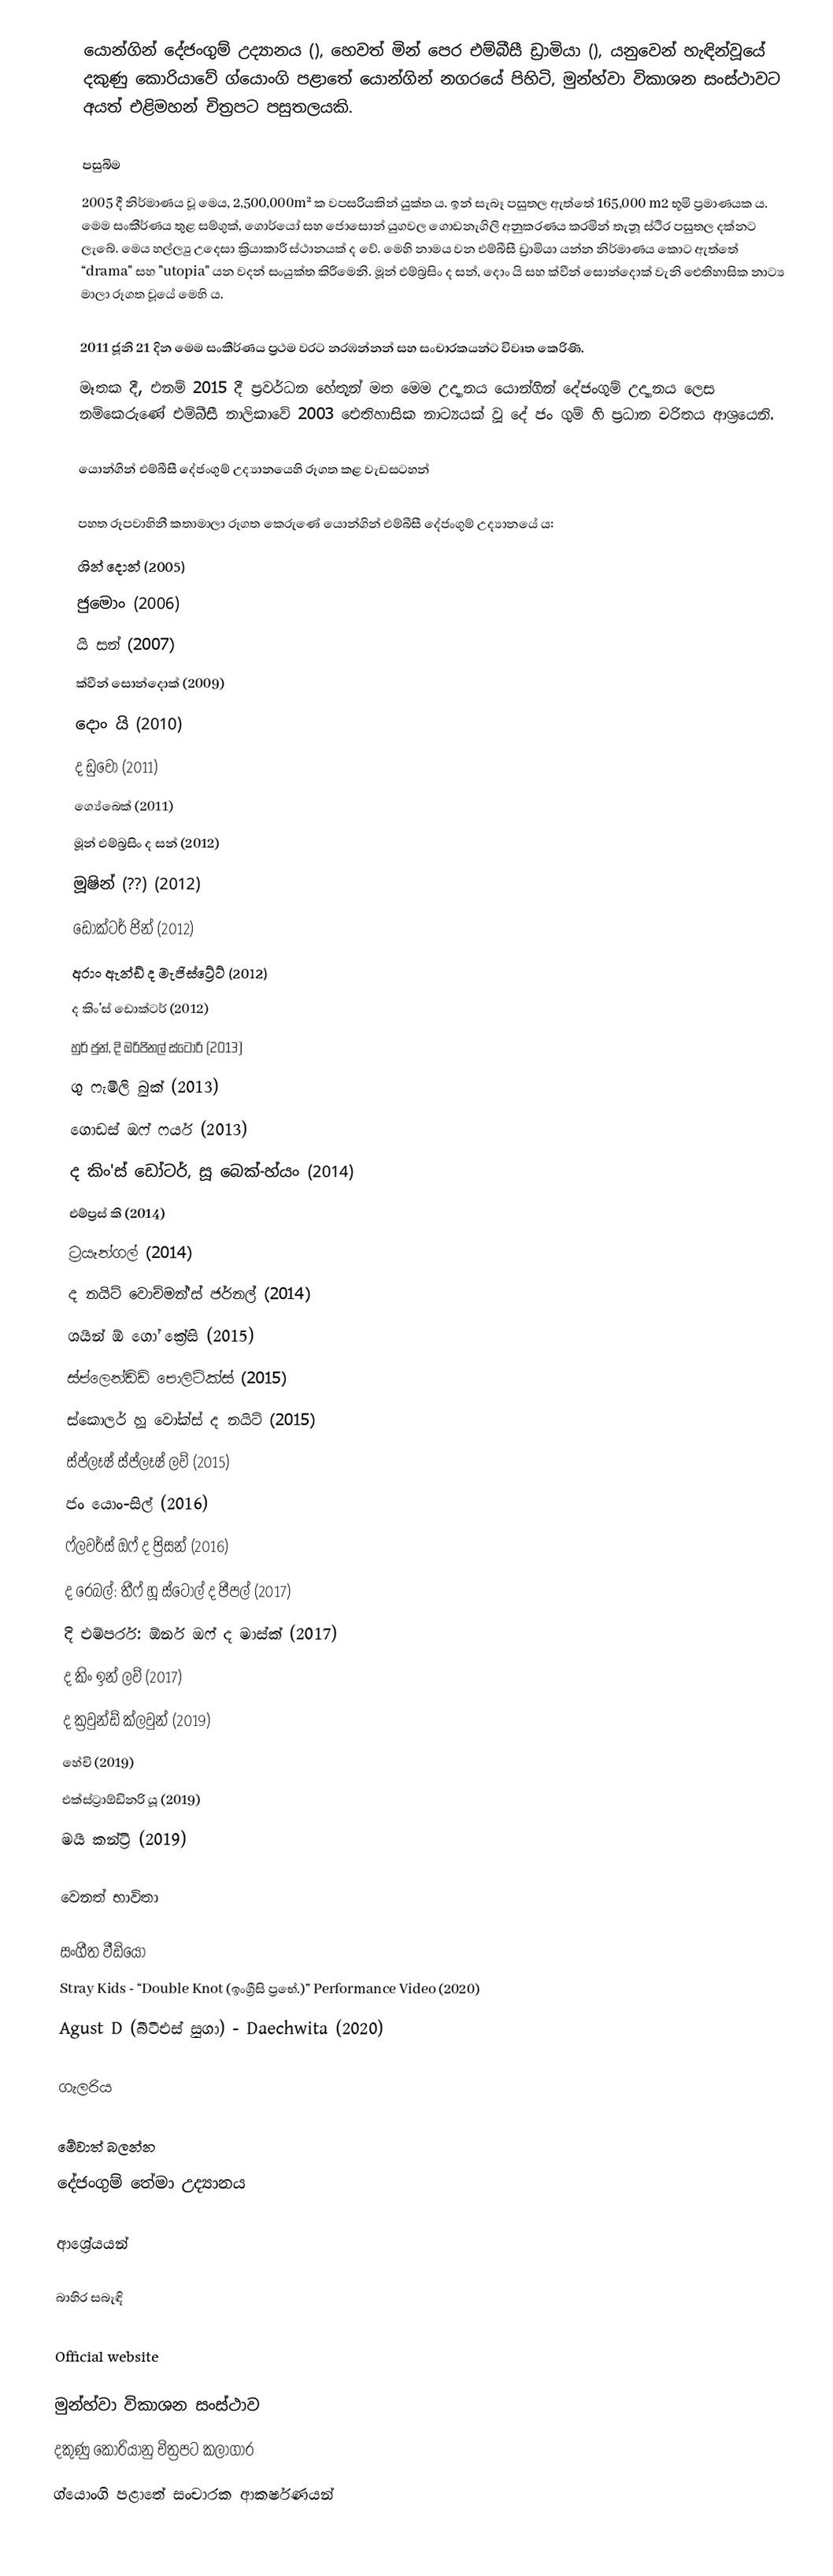
යොන්ගින් දේජංගුම් උද්‍යානය (), හෙවත් මින් පෙර එම්බීසී ඩ්‍රාමියා (), යනුවෙන් හැඳින්වූයේ දකුණු කොරියාවේ ග්යොංගි පළාතේ යොන්ගින් නගරයේ පිහිටි, මුන්හ්වා විකාශන සංස්ථාවට අයත් එළිමහන් චිත්‍රපට පසුතලයකි.

පසුබිම
2005 දී නිර්මාණය වූ මෙය, 2,500,000m² ක වපසරියකින් යුක්ත ය. ඉන් සැබෑ පසුතල ඇත්තේ 165,000 m2 භූමි ප්‍රමාණයක ය. මෙම සංකීර්ණය තුළ සම්ගුක්, ගොර්යෝ සහ ජොසොන් යුගවල ගොඩනැගිලි අනුකරණය කරමින් තැනූ ස්ථිර පසුතල දක්නට ලැබේ. මෙය හල්ල්‍යු උදෙසා ක්‍රියාකාරී ස්ථානයක් ද වේ. මෙහි නාමය වන එම්බීසී ඩ්‍රාමියා යන්න නිර්මාණය කොට ඇත්තේ “drama" සහ "utopia" යන වදන් සංයුක්ත කිරීමෙනි. මූන් එම්බ්‍රසිං ද සන්, දොං යි සහ ක්වීන් සොන්දොක් වැනි ඓතිහාසික නාට්‍ය මාලා රූගත වූයේ මෙහි ය.

2011 ජූනි 21 දින මෙම සංකීර්ණය ප්‍රථම වරට නරඹන්නන් සහ සංචාරකයන්ට විවෘත කෙරිණි.
මෑතක දී, එනම් 2015 දී ප්‍රවර්ධන හේතූන් මත මෙම උද්‍යානය යොන්ගින් දේජංගුම් උද්‍යානය ලෙස නම්කෙරුණේ එම්බීසී නාලිකාවේ 2003 ඓතිහාසික නාට්‍යයක් වූ දේ ජං ගුම් හි ප්‍රධාන චරිතය ආශ්‍රයෙනි.

යොන්ගින් එම්බීසී දේජංගුම් උද්‍යානයෙහි රූගත කළ වැඩසටහන්

පහත රූපවාහිනී කතාමාලා රූගත කෙරුණේ යොන්ගින් එම්බීසී දේජංගුම් උද්‍යානයේ ය:
ශින් දොන් (2005)
ජුමොං (2006)
යි සන් (2007)
ක්වීන් සොන්දොක් (2009)
දොං යි (2010)
ද ඩුවෝ (2011)
ග්‍යේබෙක් (2011)
මූන් එම්බ්‍රසිං ද සන් (2012)
මූෂින් (??) (2012)
ඩොක්ටර් ජින් (2012)
අරාං ඇන්ඩ් ද මැජිස්ට්‍රේට් (2012)
ද කිං'ස් ඩොක්ටර් (2012)
හුර් ජුන්, දි ඔරිජිනල් ස්ටෝරි (2013)
ගු ෆැමිලි බුක් (2013)
ගොඩස් ඔෆ් ෆයර් (2013)
ද කිං'ස් ඩෝටර්, සූ බෙක්-හ්යං (2014)
එම්ප්‍රස් කි (2014)
ට්‍රයෑන්ගල් (2014)
ද නයිට් වොච්මන්'ස් ජර්නල් (2014)
ශයින් ඕ ගෝ ක්‍රේසි (2015)
ස්ප්ලෙන්ඩිඩ් පොලිටික්ස් (2015)
ස්කොලර් හූ වෝක්ස් ද නයිට් (2015)
ස්ප්ලෑෂ් ස්ප්ලෑෂ් ලව් (2015)
ජං යොං-සිල් (2016)
ෆ්ලවර්ස් ඔෆ් ද ප්‍රිසන් (2016)
ද රෙබල්: තීෆ් හූ ස්ටෝල් ද පීපල් (2017)
දි එම්පරර්: ඕනර් ඔෆ් ද මාස්ක් (2017)
ද කිං ඉන් ලව් (2017)
ද ක්‍රවුන්ඩ් ක්ලවුන් (2019)
හේචි (2019)
එක්ස්ට්‍රාඕඩිනරි යූ (2019)
මයි කන්ට්‍රි (2019)

වෙනත් භාවිතා

සංගීත වීඩියෝ
Stray Kids -  “Double Knot (ඉංග්‍රීසි ප්‍රභේ.)” Performance Video  (2020)
Agust D (බීටීඑස් සුගා) - Daechwita (2020)

ගැලරිය

මේවාත් බලන්න
දේජංගුම් තේමා උද්‍යානය

ආශ්‍රේයයන්

බාහිර සබැඳි

Official website

මුන්හ්වා විකාශන සංස්ථාව
දකුණු කොරියානු චිත්‍රපට කලාගාර
ග්යොංගි පළාතේ සංචාරක ආකර්ෂණයන්